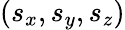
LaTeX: (s_{x},s_{y},s_{z})